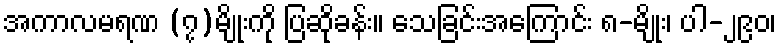
အကာလမရဏ (၇)မျိုးကို ပြဆိုခန်း။ သေခြင်းအကြောင်း ၈-မျိုး၊ ပါ-၂၉၀၊